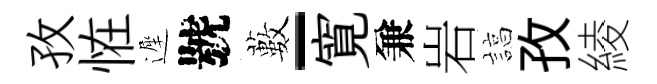
孜恠遲號藪-寛兼岩諄孜綾